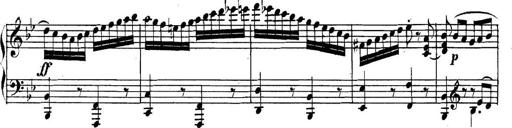
Title: Collected Piano Sonatas
Composer: Muzio Clementi